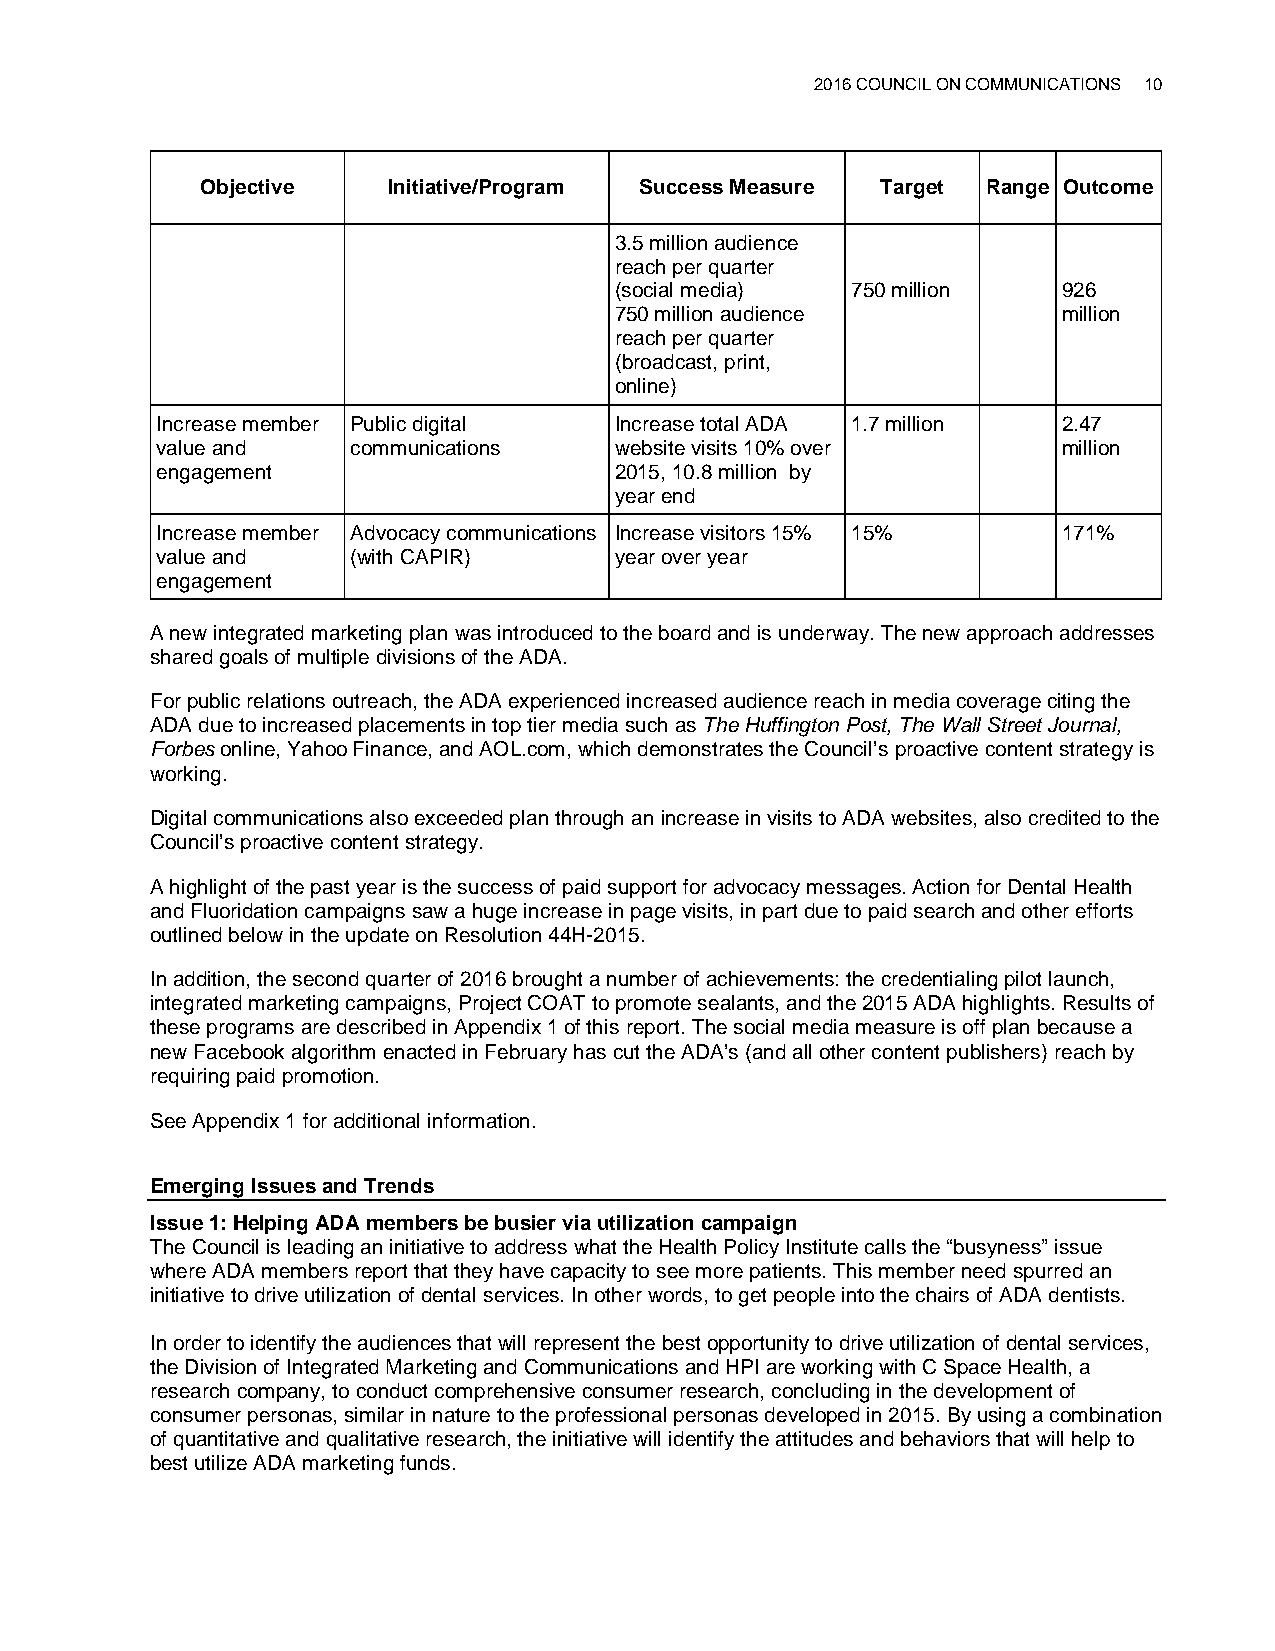
2016 COUNCIL ON COMMUNICATIONS 10
 Objective    Initiative/Program Success Measure Target Range Outcome
 3.5 million audience
 reach per quarter
 (social media) 750 million   926
 750 million audience         million
 reach per quarter
 (broadcast, print,
 online)
 Increase member Public digital Increase total ADA 1.7 million 2.47
 value and    communications    website visits 10% over      million
 engagement                     2015, 10.8 million by
 year end
 Increase member Advocacy communications Increase visitors 15% 15% 171%
 value and    (with CAPIR)      year over year
 engagement
 A new integrated marketing plan was introduced to the board and is underway. The new approach addresses
 shared goals of multiple divisions of the ADA.
 For public relations outreach, the ADA experienced increased audience reach in media coverage citing the
 ADA due to increased placements in top tier media such as The Huffington Post, The Wall Street Journal,
 Forbes online, Yahoo Finance, and AOL.com, which demonstrates the Council’s proactive content strategy is
 working.
 Digital communications also exceeded plan through an increase in visits to ADA websites, also credited to the
 Council’s proactive content strategy.
 A highlight of the past year is the success of paid support for advocacy messages. Action for Dental Health
 and Fluoridation campaigns saw a huge increase in page visits, in part due to paid search and other efforts
 outlined below in the update on Resolution 44H-2015.
 In addition, the second quarter of 2016 brought a number of achievements: the credentialing pilot launch,
 integrated marketing campaigns, Project COAT to promote sealants, and the 2015 ADA highlights. Results of
 these programs are described in Appendix 1 of this report. The social media measure is off plan because a
 new Facebook algorithm enacted in February has cut the ADA’s (and all other content publishers) reach by
 requiring paid promotion.
 See Appendix 1 for additional information.
 Emerging Issues and Trends
 Issue 1: Helping ADA members be busier via utilization campaign
 The Council is leading an initiative to address what the Health Policy Institute calls the “busyness” issue
 where ADA members report that they have capacity to see more patients. This member need spurred an
 initiative to drive utilization of dental services. In other words, to get people into the chairs of ADA dentists.
 In order to identify the audiences that will represent the best opportunity to drive utilization of dental services,
 the Division of Integrated Marketing and Communications and HPI are working with C Space Health, a
 research company, to conduct comprehensive consumer research, concluding in the development of
 consumer personas, similar in nature to the professional personas developed in 2015. By using a combination
 of quantitative and qualitative research, the initiative will identify the attitudes and behaviors that will help to
 best utilize ADA marketing funds.